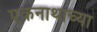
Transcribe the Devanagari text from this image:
एकनाथाच्या